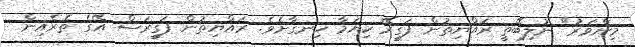
މިންވަރު" ނުލިބޭތީ ރައްޔިތުން ފަގީރޭ ކިޔަމާ ހިނގާށެވެ. ރައްޔިތުން ފަގީރަސް އޭގެ ތެރެއިން